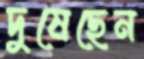
দুষেছেন